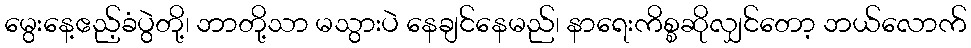
မွေးနေ့ဧည့်ခံပွဲတို့၊ ဘာတို့သာ မသွားပဲ နေချင်နေမည်၊ နာရေးကိစ္စဆိုလျှင်တော့ ဘယ်လောက်